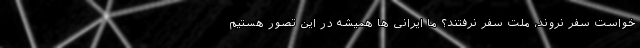
خواست سفر نروند، ملت سفر نرفتند؟ ما ایرانی ها همیشه در این تصور هستیم